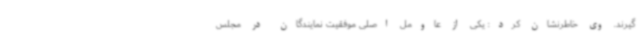
گیرند. وی خاطرنشان کرد: یکی از عاومل اصلی موفقیت نمایندگان در مجلس